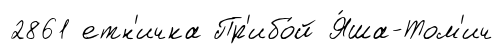
2861 етн'ичка Пр'ибо́й Я́ша-Том'ич